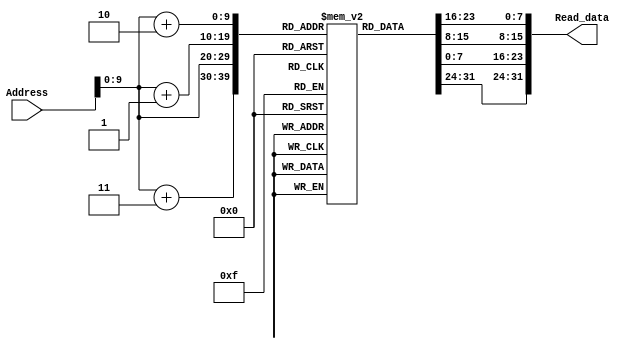
module Instruction_memory(Read_data, Address);

output	[31:0]	Read_data;
input	[31:0]	Address;
reg	[7:0]	instruction [1023:0];

assign	Read_data[7:0] = instruction [Address] ;
assign	Read_data[15:8] = instruction [Address+1] ;
assign	Read_data[23:16] = instruction [Address+2] ;
assign	Read_data[31:24] = instruction [Address+3] ;

endmodule